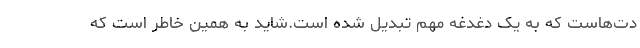
دت‌هاست که به یک دغدغه مهم تبدیل شده است.شاید به همین خاطر است که